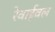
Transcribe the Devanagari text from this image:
रेवाईवल